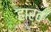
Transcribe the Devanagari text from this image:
हार्व